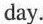
day.